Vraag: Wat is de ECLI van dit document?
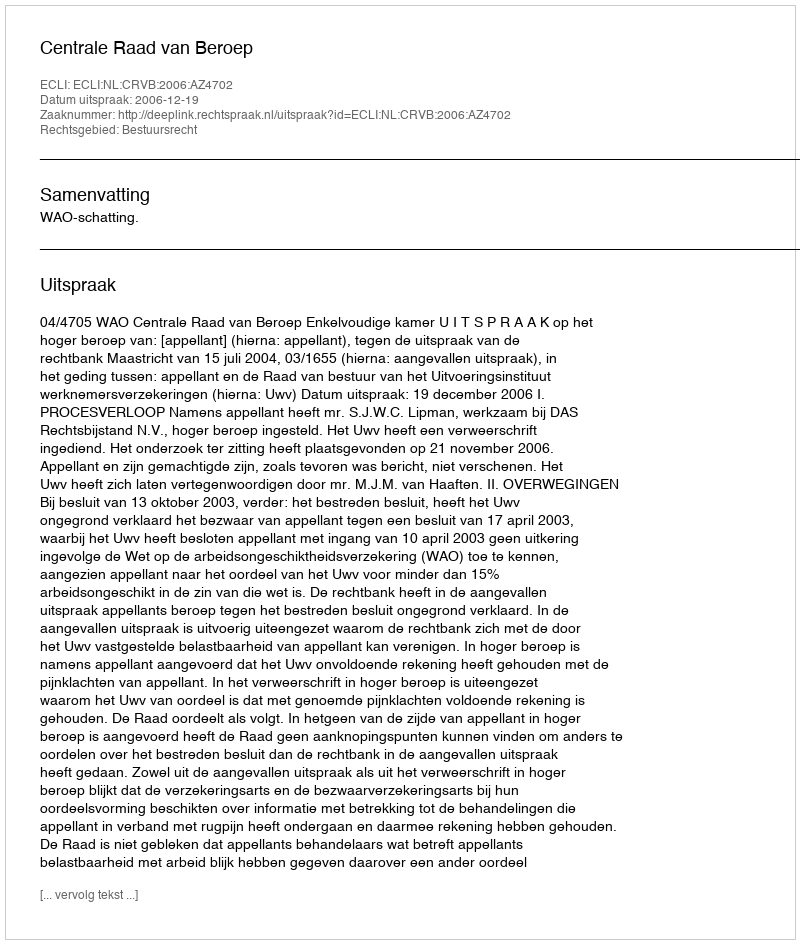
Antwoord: ECLI:NL:CRVB:2006:AZ4702